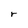
Character: r